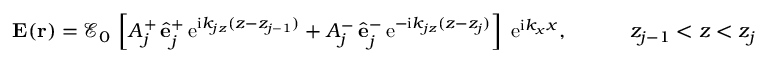
\begin{array} { r } { { \bf E } ( { \bf r } ) = \mathcal { E } _ { 0 } \, \left[ A _ { j } ^ { + } \, \hat { \bf e } _ { j } ^ { + } \, \mathrm { e } ^ { \mathrm { i } k _ { j z } ( z - z _ { j - 1 } ) } + A _ { j } ^ { - } \, \hat { \bf e } _ { j } ^ { - } \, \mathrm { e } ^ { - \mathrm { i } k _ { j z } ( z - z _ { j } ) } \right] \; \mathrm { e } ^ { \mathrm { i } k _ { x } x } , \quad \quad \quad z _ { j - 1 } < z < z _ { j } } \end{array}